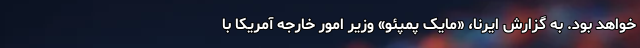
خواهد بود. به گزارش ایرنا، «مایک پمپئو» وزیر امور خارجه آمریکا با